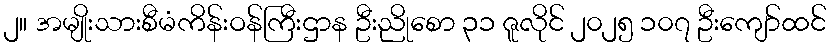
၂။ အမျိုးသားစီမံကိန်းဝန်ကြီးဌာန ဦးညိုစော ၃၁ ဇူလိုင် ၂၀၂၅ ၁၀၇ ဦးကျော်ထင်